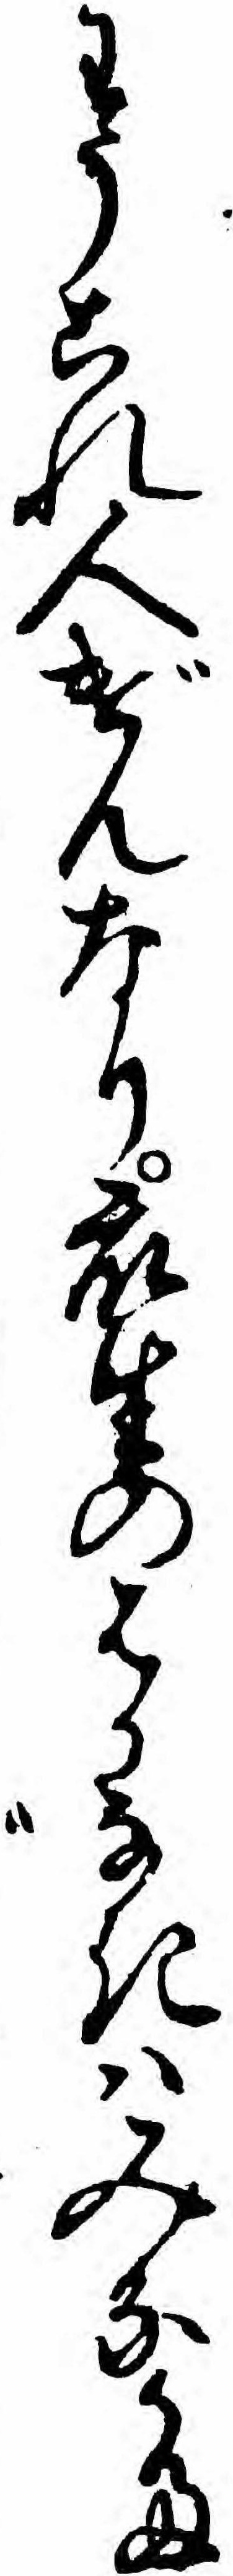
わうこれ人げんなり衆生のはかなきハみなた